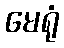
မေရုံ